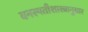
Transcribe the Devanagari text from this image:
वनस्पतीशास्त्रानुसार